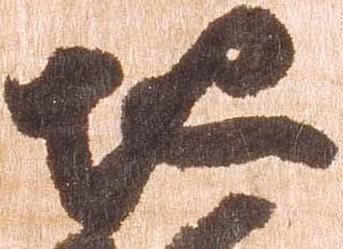
地